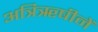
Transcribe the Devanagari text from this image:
अत्रिॠषीनें